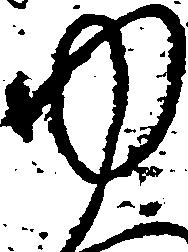
ゆ